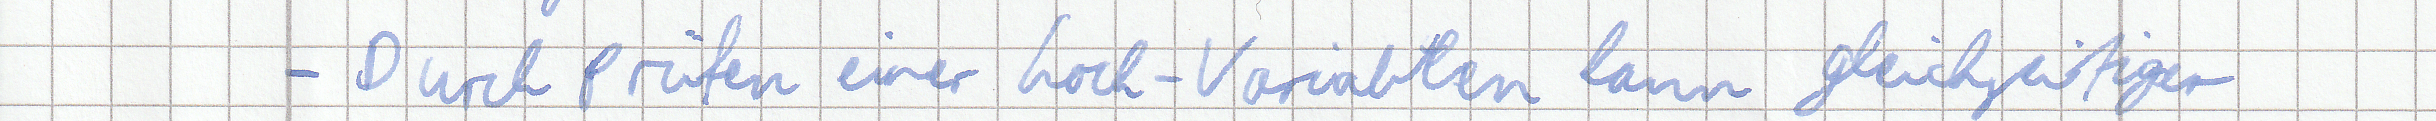
- Durch prüfen einer Lock-Variablen kann gleichzeitiger